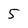
Character: 5